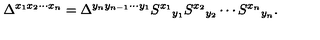
\Delta ^ { x _ { 1 } x _ { 2 } \cdots x _ { n } } = \Delta ^ { y _ { n } y _ { n - 1 } \cdots y _ { 1 } } S ^ { x _ { 1 } } { } _ { y _ { 1 } } S ^ { x _ { 2 } } { } _ { y _ { 2 } } \cdots S ^ { x _ { n } } { } _ { y _ { n } } .